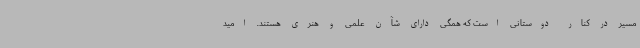
مسیر در کنار دوستانی است که همگی دارای شآن علمی و هنری هستند. امید